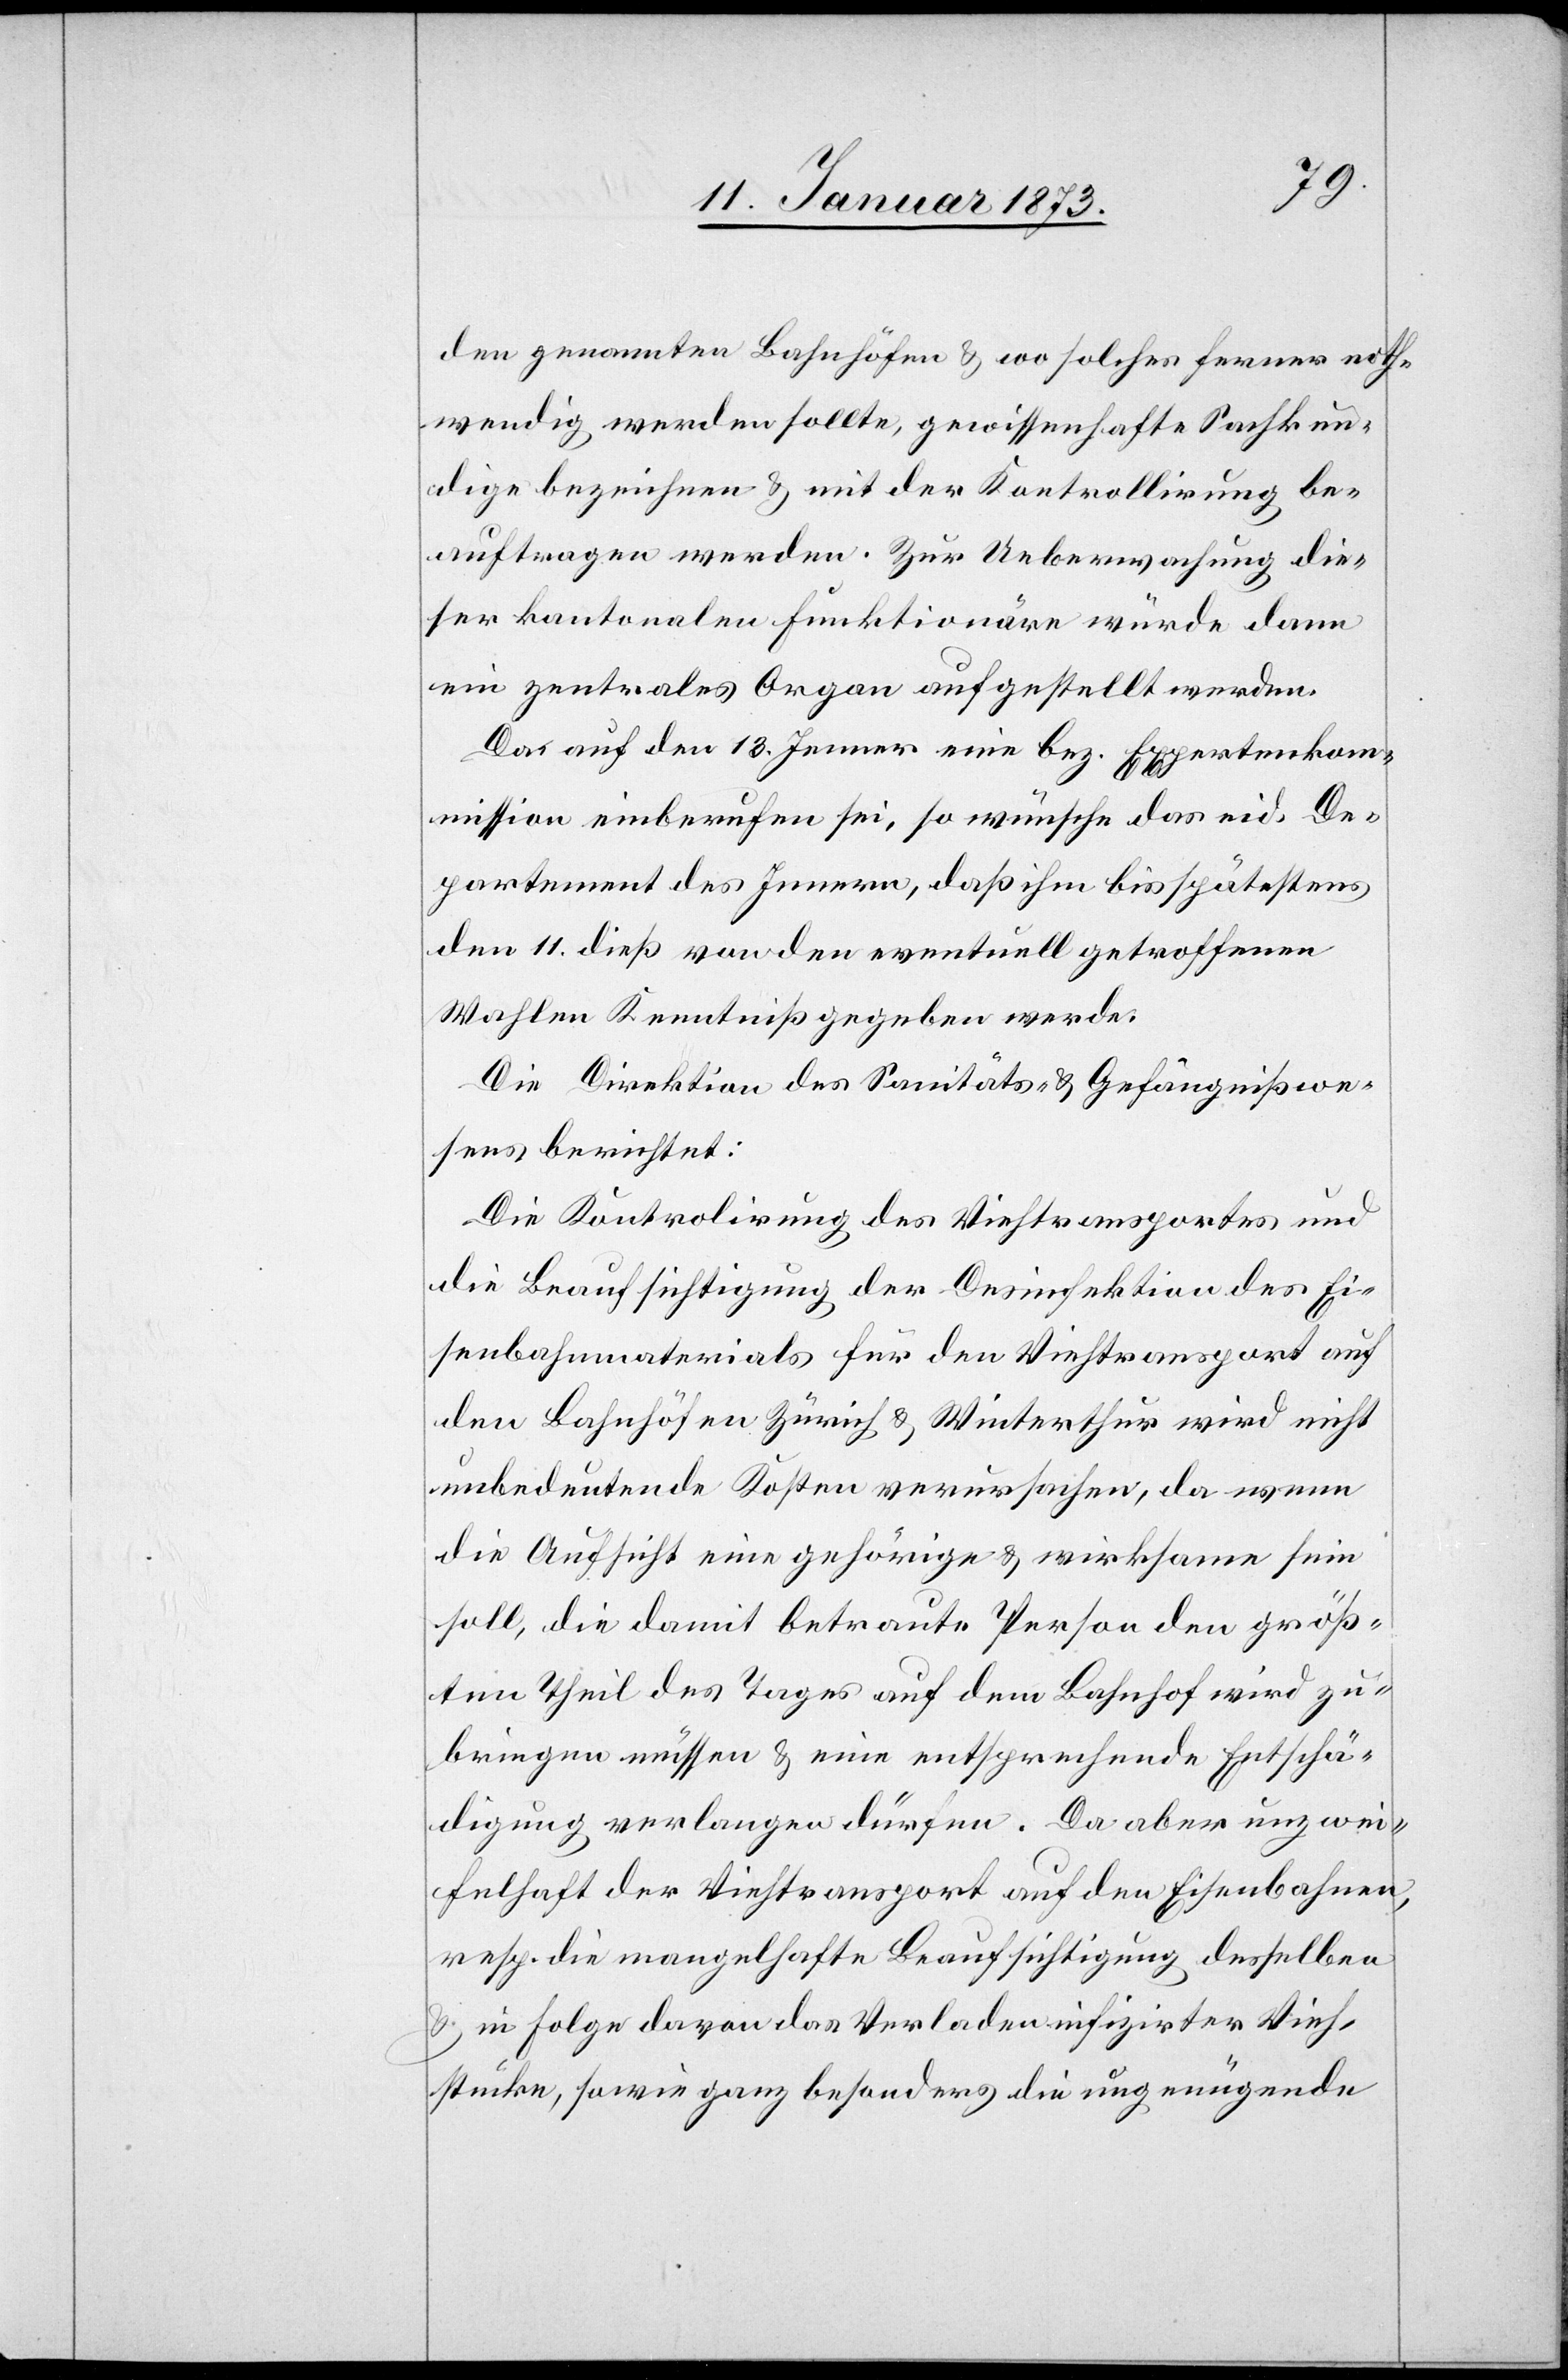
den genannten Bahnhöfen & wo solches ferner noth¬
wendig werden sollte, gewissenhafte Sachkun¬
dige bezeichnen & mit der Kontrollirung be¬
auftragen werden. Zur Ueberwachung die¬
ser kantonalen Funktionäre würde dann
ein zentrales Organ aufgestellt werden.
Da auf den 13. Jenner eine bez. Expertenkom¬
mission einberufen sei, so wünsche das eid. De¬
partement des Innern, daß ihm bis spätestens
den 11. dieß von den eventuell getroffenen
Wahlen Kenntniß gegeben werde.
Die Direktion des Sanitäts- & Gefängnißwe¬
sens berichtet:
Die Kontrolirung des Viehtransportes und
die Beaufsichtigung der Desinfektion des Ei¬
senbahnmaterials für den Viehtransport auf
den Bahnhöfen Zürich & Winterthur wird nicht
unbedeutende Kosten verursachen, da wenn
die Aufsicht eine gehörige & wirksame sein
soll, die damit betraute Person den größ¬
ten Theil des Tages auf dem Bahnhof wird zu¬
bringen müssen & eine entsprechende Entschä¬
digung verlangen dürfen. Da aber unzwei¬
felhaft der Viehtransport auf den Eisenbahnen,
resp. die mangelhafte Beaufsichtigung desselben
& in Folge davon das Verladen infizierter Vieh¬
stücke, sowie ganz besonders die ungenügende